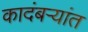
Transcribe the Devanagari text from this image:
कादंबऱ्यांत